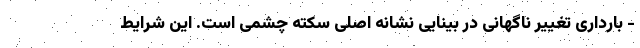
- بارداری تغییر ناگهانی در بینایی نشانه اصلی سکته چشمی است. این شرایط